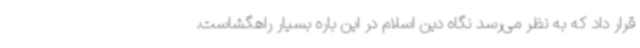
قرار داد که به نظر می‌رسد نگاه دین اسلام در این باره بسیار راهگشاست.